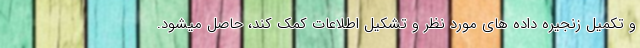
و تکمیل زنجیره داده های مورد نظر و تشکیل اطلاعات کمک کند، حاصل میشود.